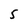
Character: 5